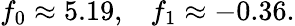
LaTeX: f_{0}\approx 5.19,\; \; \; f_{1}\approx-0.36.